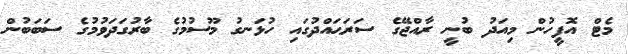
މެޓް އޮފީހުން މިއަދު ބުނީ ރާއްޖޭގެ ސަރަޙައްދުގައި ހުޅަނގު މޫސުމުގެ ބާރުގަދަވުމުގެ ސަބަބުން